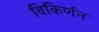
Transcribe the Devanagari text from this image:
विकिर्णन